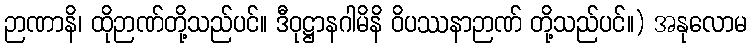
ဉာဏာနိ၊ ထိုဉာဏ်တို့သည်ပင်။ ဒီဝုဋ္ဌာနဂါမိနိ ဝိပဿနာဉာဏ် တို့သည်ပင်။) အနုလောမ